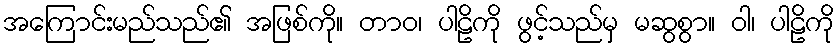
အကြောင်းမည်သည်၏ အဖြစ်ကို။ တာဝ၊ ပါဠိကို ဖွင့်သည်မှ မဆွစွာ။ ဝါ၊ ပါဠိကို